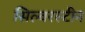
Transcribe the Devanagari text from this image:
सिल्वरस्टीन